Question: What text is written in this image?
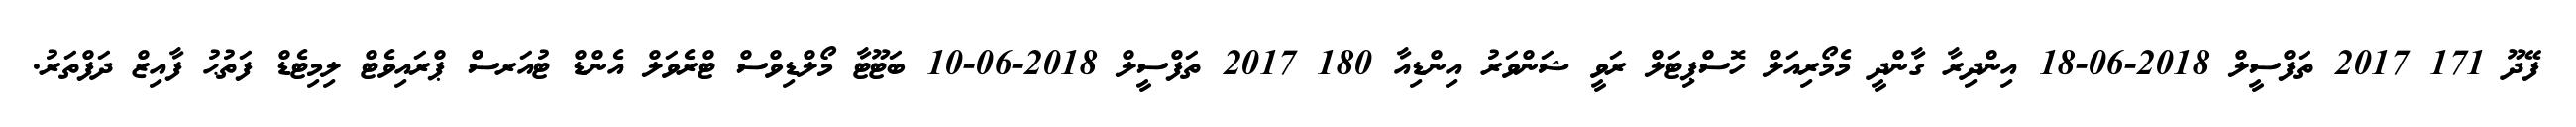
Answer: ފޭދޫ 171 2017 ތަފްސީލް 2018-06-18 އިންދިރާ ގާންދީ މެމޯރިއަލް ހޮސްޕިޓަލް ރަވީ ޝަންވަރު އިންޑިއާ 180 2017 ތަފްސީލް 2018-06-10 ބަޓޫޓާ މޯލްޑިވްސް ޓްރެވަލް އެންޑް ޓުއަރސް ޕްރައިވެޓް ލިމިޓެޑް ފަތުޙު ފާއިޒް ދަފްތަރު.